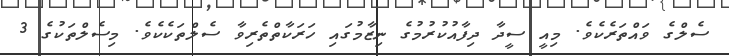
ސެލްގެ ވައްތަރެކެވެ. މިއީ ސީދާ ދިފާއުކުރުމުގެ ނިޒާމުގައި ހަރަކާތްތެރިވާ ސެލްތަކެކެވެ. މިސެލްތަކުގެ 3